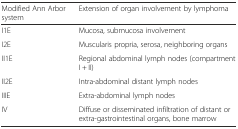
<table><thead><tr><td><b>Modified Ann Arbor system</b></td><td><b>Extension of organ involvement by lymphoma</b></td></tr></thead><tbody><tr><td>I1E</td><td>Mucosa, submucosa involvement</td></tr><tr><td>I2E</td><td>Muscularis propria, serosa, neighboring organs</td></tr><tr><td>II1E</td><td>Regional abdominal lymph nodes (compartment I + II)</td></tr><tr><td>II2E</td><td>Intra-abdominal distant lymph nodes</td></tr><tr><td>IIIE</td><td>Extra-abdominal lymph nodes</td></tr><tr><td>IV</td><td>Diffuse or disseminated infiltration of distant or extra-gastrointestinal organs, bone marrow</td></tr></tbody></table>